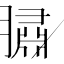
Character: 䐹